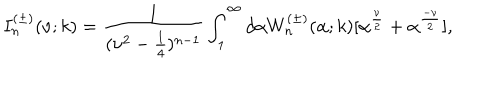
LaTeX: I _ { n } ^ { ( \pm ) } ( \nu ; k ) = \frac { 1 } { ( \nu ^ { 2 } - \frac { 1 } { 4 } ) ^ { n - 1 } } \int _ { 1 } ^ { \infty } d \alpha W _ { n } ^ { ( \pm ) } ( \alpha ; k ) [ \alpha ^ { \frac { \nu } { 2 } } + \alpha ^ { \frac { - \nu } { 2 } } ] ,